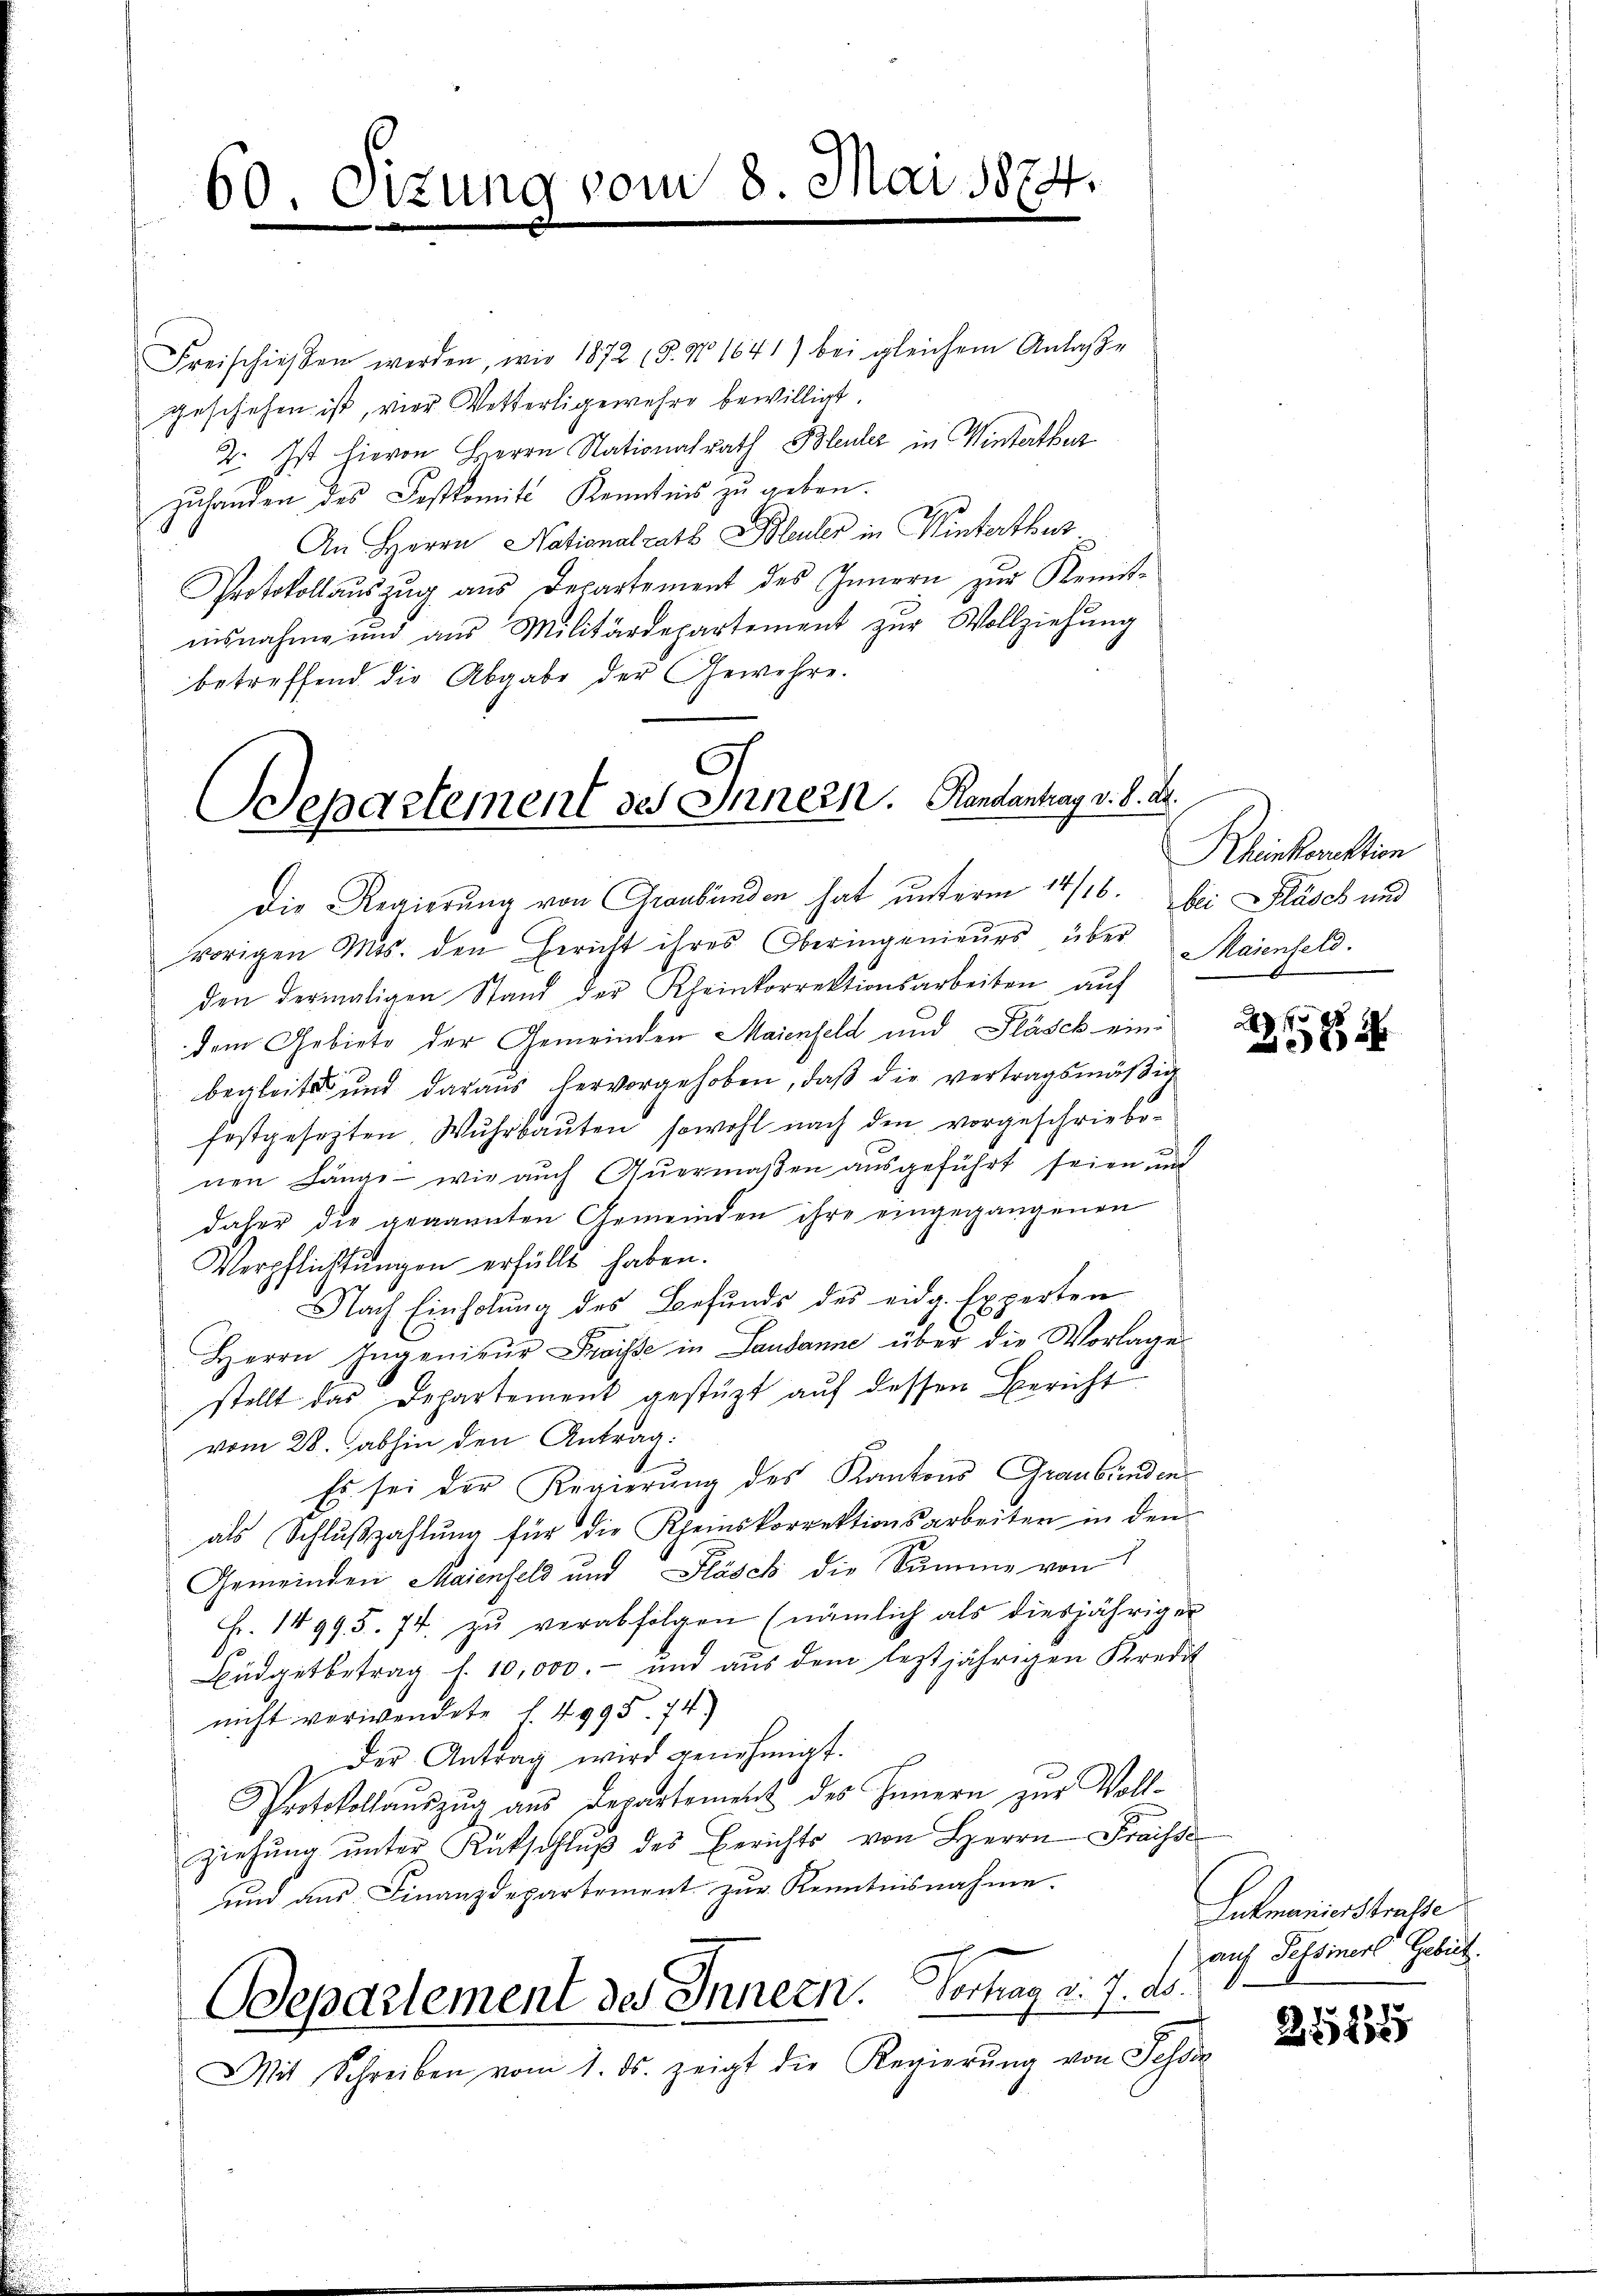
60. Sizung vom 8. Mai 1874.

Freischieβen werden, wie 1872 18. No 1641) bei gleichem Anlaße
geschehen ist, vier Vetterligewehre bewilligt.
2. Ist hievon Herrn Nationalrath Bleuler in Winterthur
zuhanden des Festkomite Kenntnis zu geben.
An Herrn Nationalrath Bleuler in Winterthur
Protokollaŭszŭg ans Departement des Innern zŭr Remit-
iisnahme und aus Militärdepartement zŭr Vollziehung
betreffend die Abgabe der Gewehre.
Die Regierung von Graubünden hat unterm 14/16. bei Rüsch und
vorigen Mts. den Bericht ihres Oberingenieŭrs über
den dermaligen Stand der Rheinkorrektionsarbeiten aŭf
dem Gebiete der Gemeinden Maienfeld und Fläsch einbegleite und daraus hervorgehoben, daß die vertragsmäßig
festgesetzten Wŭhrbaŭten sowohl nach den vorgeschriebe-
nen Länge - wie auch Auermaßen ausgeführt seien und
daher die genannten Gemeinden ihre eingegangenen
Verpflichtungen erfüllt haben.
Nach Einholung des Befunds des eidg. Experten
Herrn Ingenieŭr Preisse in Landanne über die Vorlage
stellt das Departement gestüzt auf dessen Bericht
vom 28. abhin den Antrag:
Es sei der Regierung des Kantons Graubünden
als Schlußzahlung für die Rheinskorrektionsarbeiten in den
Gemeinden Maienfeld und Fläsch die Summe von
Fr. 14995. 74. zŭ verabfolgen (nämlich als diesjähriger
Büdgetbetrag f. 10,000.- und aus dem leztjährigen Kredit
nicht verwendete I 4995. 74.)
 Der Antrag wird genehmigt.
Protokollaŭszŭg ans Departement des Innern zŭr Voll-
ziehŭng ŭnter Rückschlŭβ des Berichts von Herrn Fraisse
und ans Finanzdepartement zŭr Kenntnisnahme.
Departement des Innern. Vortrag d. 7. ds.
Mit Schreiben vom 1. ds. zeigt die Regierŭng von Fehde

Departement des Innern. Randantrag v. d. d.

Rhinkorektion
Maienfeld.

2 f 4
2

Lukmanierstrasse
auf Pessiner Gebiet.

21834